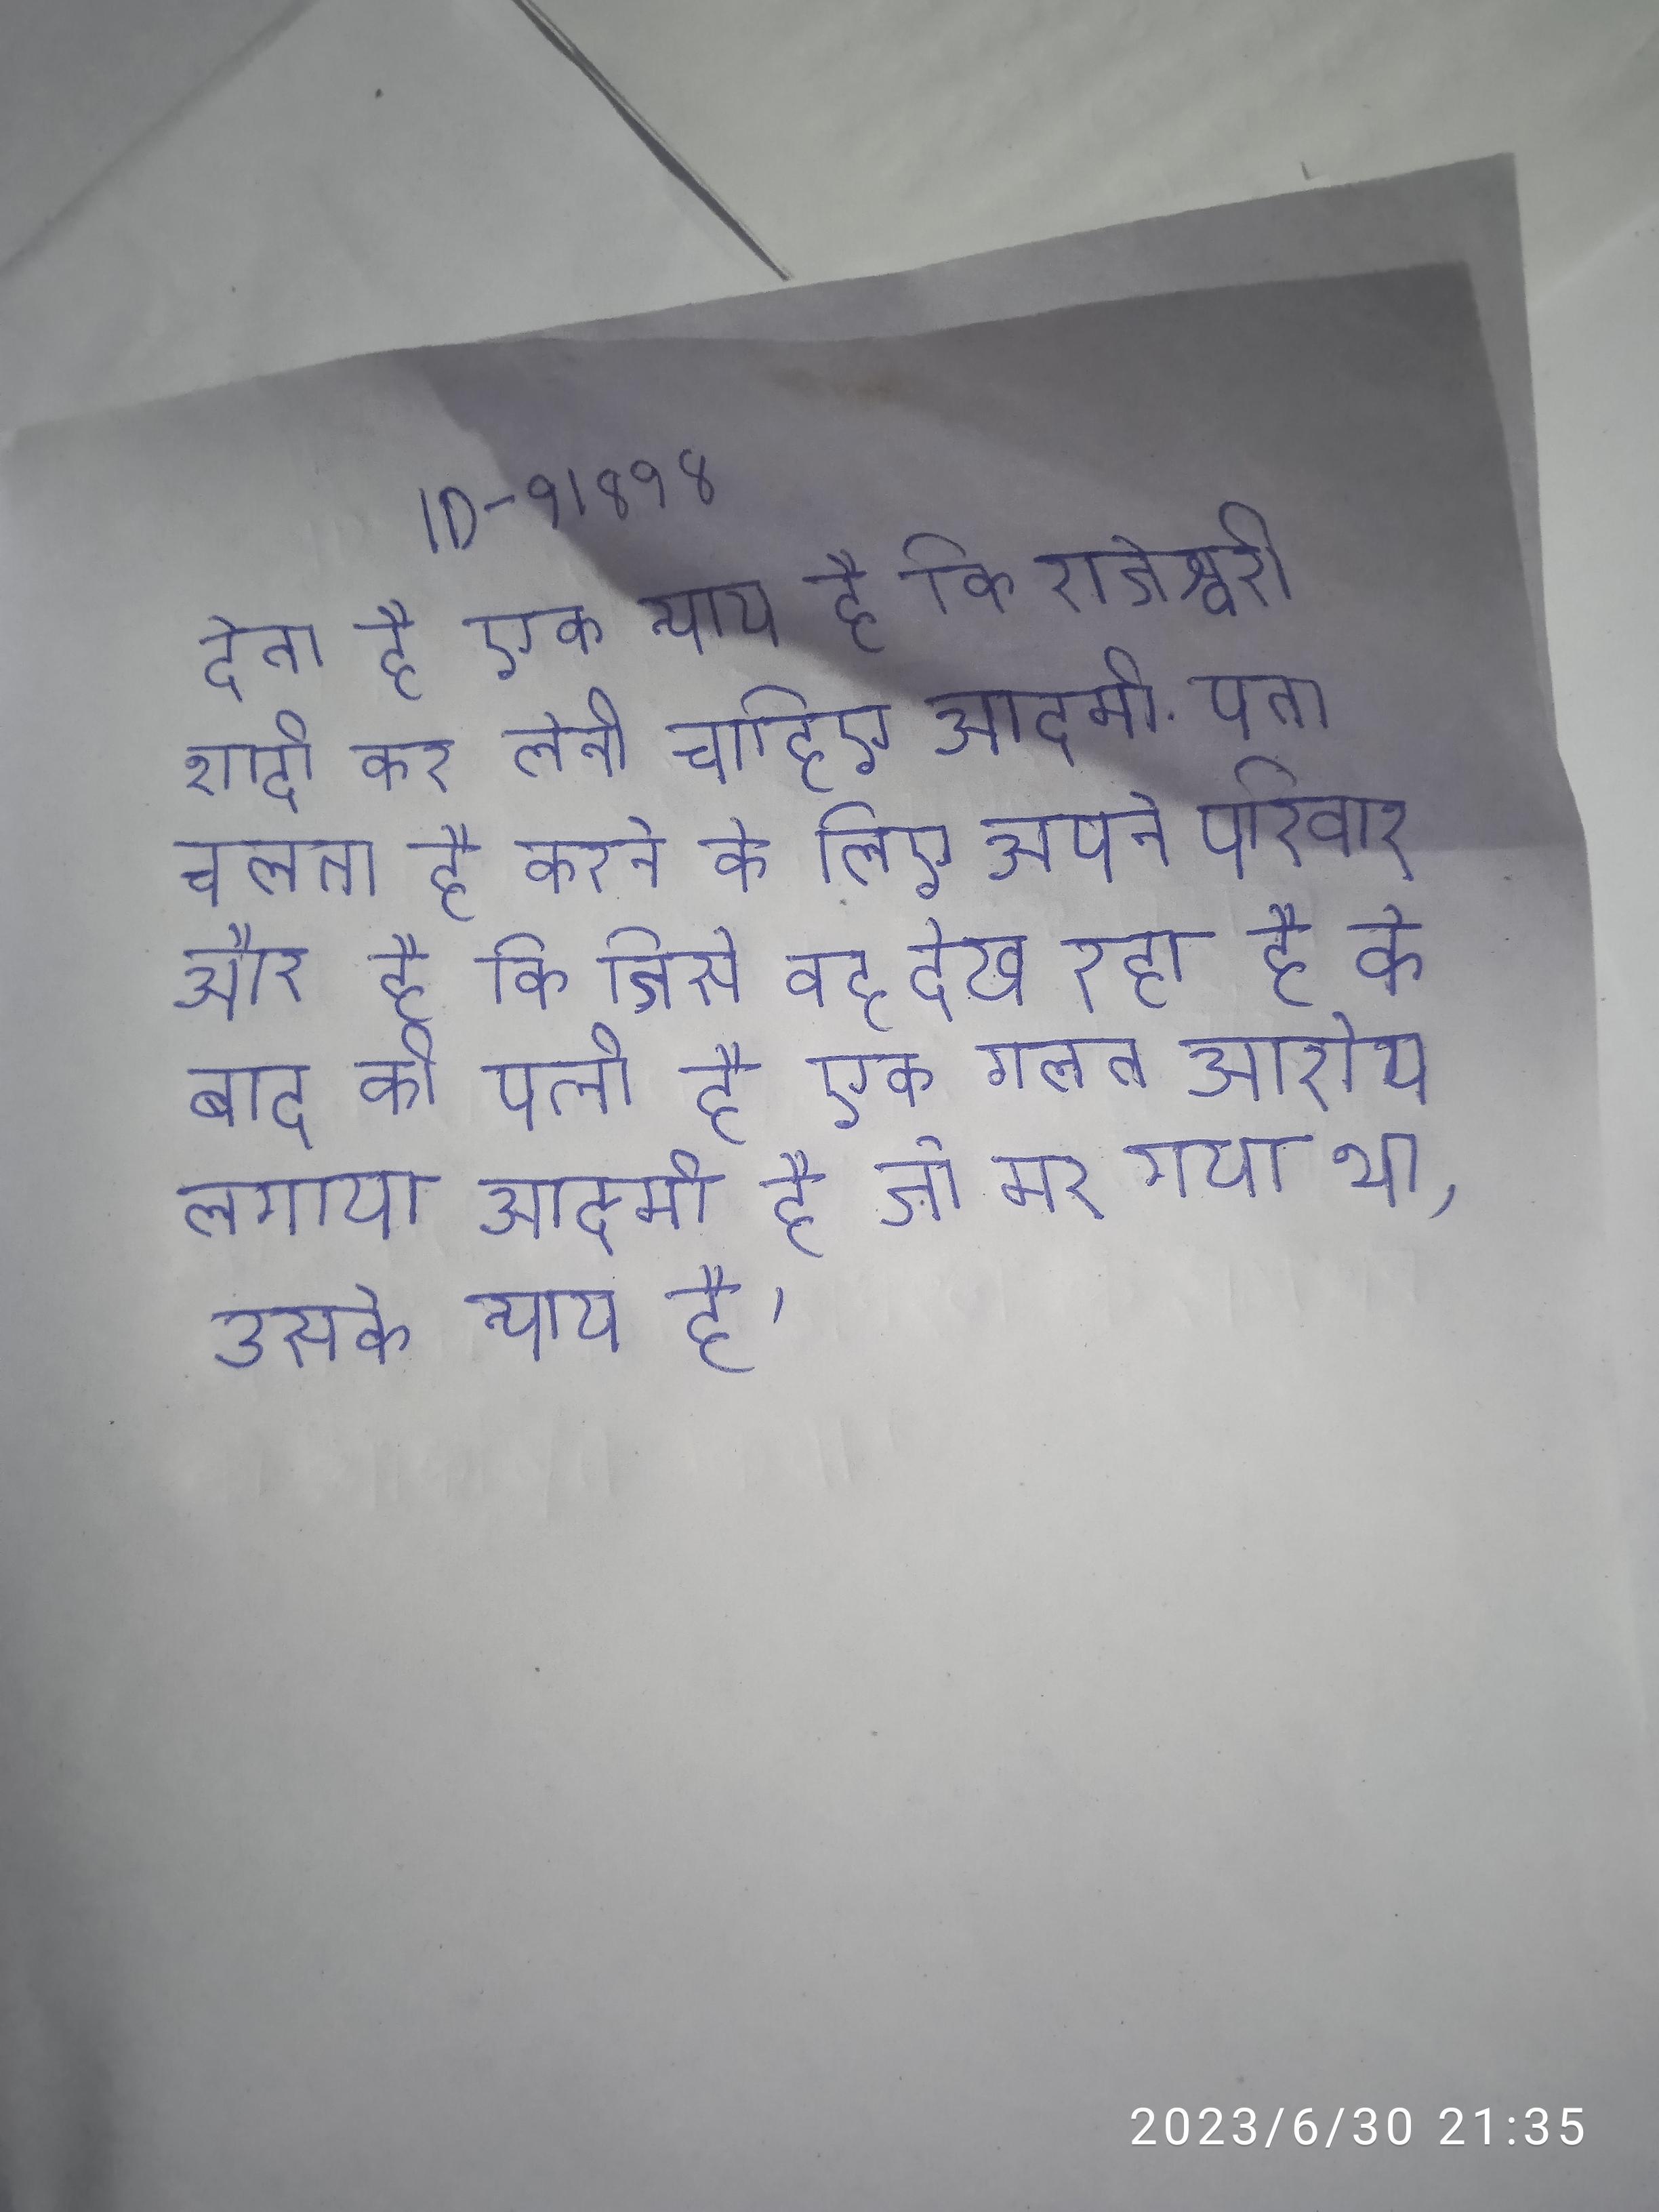
देता है एक न्याय है कि राजेश्वरी शादी कर लेनी चाहिए आदमी . पता चलता है करने के लिए अपने परिवार और है कि जिसे वह देख रहा है के बाद की पत्नी है एक गलत आरोप लगाया आदमी है जो मर गया था, उसके न्याय है ।